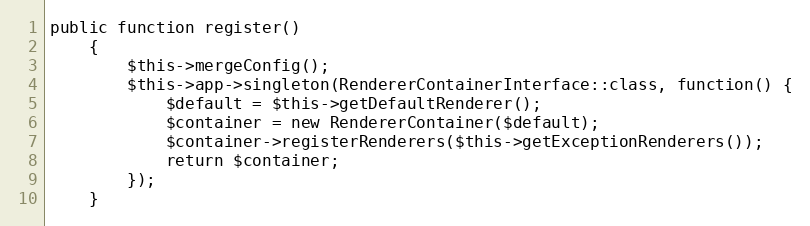
Language: PHP
public function register()
    {
        $this->mergeConfig();
        $this->app->singleton(RendererContainerInterface::class, function() {
            $default = $this->getDefaultRenderer();
            $container = new RendererContainer($default);
            $container->registerRenderers($this->getExceptionRenderers());
            return $container;
        });
    }